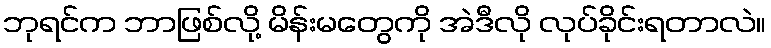
ဘုရင်က ဘာဖြစ်လို့ မိန်းမတွေကို အဲဒီလို လုပ်ခိုင်းရတာလဲ။